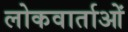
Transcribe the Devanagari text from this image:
लोकवार्ताओं